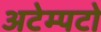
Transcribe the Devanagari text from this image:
अटेम्पटो